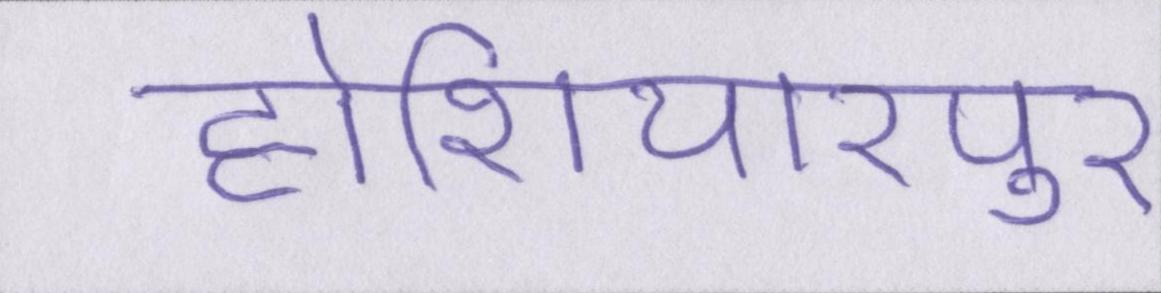
होशियारपुर